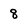
Character: 8